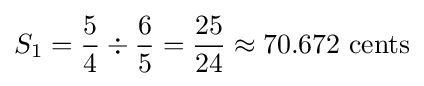
S_{1}={{5 \over 4}\div {6 \over 5}}={25 \over 24}\approx 70.672\ {\hbox{cents}}